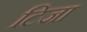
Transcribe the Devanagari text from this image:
टिजा